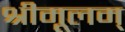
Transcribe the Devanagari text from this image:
श्रीमूलम्